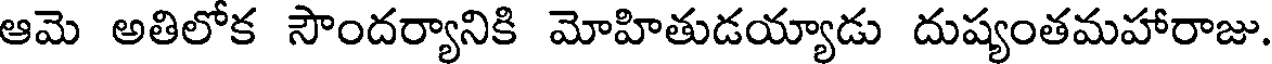
ఆమె అతిలోక సౌందర్యానికి మోహితుడయ్యాడు దుష్యంతమహారాజు.